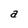
Character: a